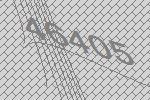
46405